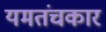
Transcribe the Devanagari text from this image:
यमतंचकार